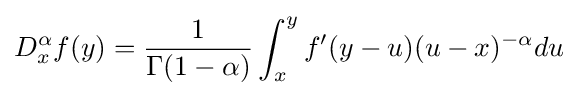
D_{x}^{\alpha }f(y)={\frac {1}{\Gamma (1-\alpha )}}\int _{x}^{y}f'(y-u)(u-x)^{-\alpha }du